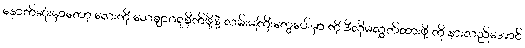
နောက်ဆုံးမှာတော့ လေးကို သေချာဂရုစိုက်ဖို့နဲ့ လမ်းမကြီးတွေပေါ်မှာ ကို ဒီလိုမလွှတ်ထားဖို့ ကို နားလည်အောင်